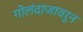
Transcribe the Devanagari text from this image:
गोलंदाजावरुन